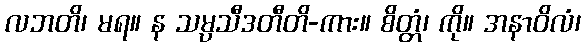
လဘတိ၊ မရ။ န သမ္ပသီဒတီတိ-ကား။ စိတ္တံ၊ ကို။ အနာဝိလံ၊